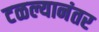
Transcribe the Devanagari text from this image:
टळल्यानंतर